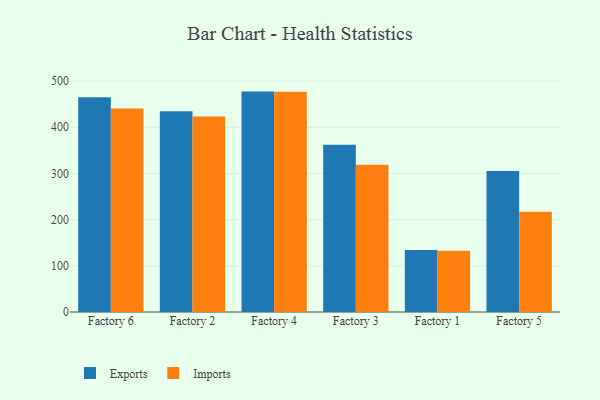
{"axis": {"x": "Factory", "y": "Gross Profit (USD K)"}, "legend": ["Exports", "Imports"], "data": [{"x": "Factory 6", "y": 464.8, "type": "Exports"}, {"x": "Factory 6", "y": 440.6, "type": "Imports"}, {"x": "Factory 2", "y": 434.9, "type": "Exports"}, {"x": "Factory 2", "y": 423.4, "type": "Imports"}, {"x": "Factory 4", "y": 477.3, "type": "Exports"}, {"x": "Factory 4", "y": 477.2, "type": "Imports"}, {"x": "Factory 3", "y": 362.2, "type": "Exports"}, {"x": "Factory 3", "y": 319.0, "type": "Imports"}, {"x": "Factory 1", "y": 134.1, "type": "Exports"}, {"x": "Factory 1", "y": 132.7, "type": "Imports"}, {"x": "Factory 5", "y": 305.3, "type": "Exports"}, {"x": "Factory 5", "y": 217.0, "type": "Imports"}]}